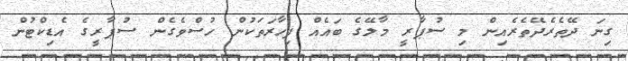
ގިނަ ދޭތެރެދޭތެރެއިން މި ސުޕާރީ މާލޭގެ ބައެއް ފިހާރަތަކުން ހުސްވެގެން ސުޕާރީގެ އެޑިކްޓުން